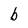
Character: b